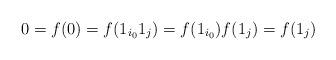
LaTeX: \begin{align*}0 = f(0) = f(1_{i_0} 1_j) = f(1_{i_0}) f(1_j) = f(1_j)\end{align*}